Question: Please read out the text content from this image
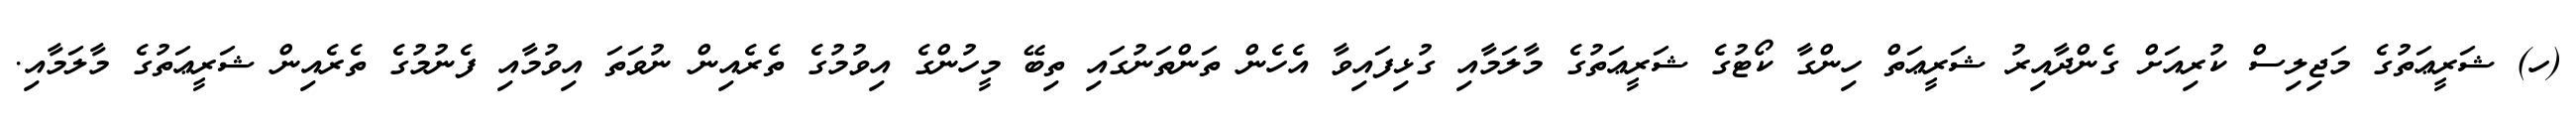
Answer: (ހ) ޝަރީޢަތުގެ މަޖިލިސް ކުރިއަށް ގެންދާއިރު ޝަރީޢަތް ހިންގާ ކޯޓުގެ ޝަރީޢަތުގެ މާލަމާއި ގުޅިފައިވާ އެހެން ތަންތަނުގައި ތިބޭ މީހުންގެ އިވުމުގެ ތެރެއިން ނުވަތަ އިވުމާއި ފެނުމުގެ ތެރެއިން ޝަރީޢަތުގެ މާލަމާއި.